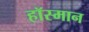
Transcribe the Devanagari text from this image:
हॉस्मान